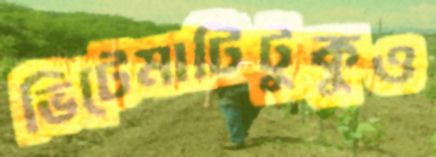
ভিটেমাটিটুকুও